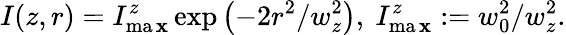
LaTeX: I(z,r)=I_{\operatorname*{ma\mathbf{x}}}^{z}\exp\left(-2r^{2}/w_{z}^{2}\right),~I_{\operatorname*{ma\mathbf{x}}}^{z}:=w_{0}^{2}/w_{z}^{2}.